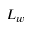
L _ { w }